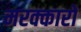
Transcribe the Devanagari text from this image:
मरक्कारों